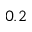
0 . 2